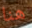
هنا